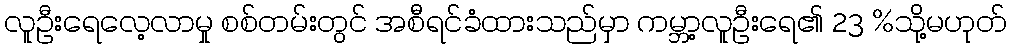
လူဦးရေလေ့လာမှု စစ်တမ်းတွင် အစီရင်ခံထားသည်မှာ ကမ္ဘာ့လူဦးရေ၏ 23 %သို့မဟုတ်